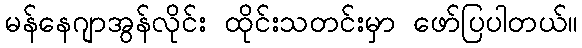
မန်နေဂျာအွန်လိုင်း ထိုင်းသတင်းမှာ ဖော်ပြပါတယ်။